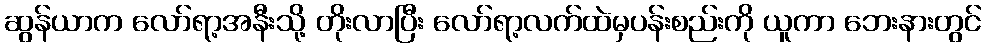
ဆွန်ယာက လော်ရာ့အနီးသို့ တိုးလာပြီး လော်ရာ့လက်ထဲမှပန်းစည်းကို ယူကာ ဘေးနားတွင်